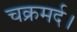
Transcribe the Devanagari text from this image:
चक्रमर्द।